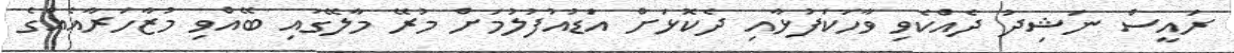
ރައީސް ނަޝިދު ދެއްކެވި ވާހަކަފުޅާއި ދެކޮޅަށް އަޑުއުފުލުމަށް މުރޭ މާލޭގައި ބޭއްވި މުޒާހަރާއެއްގެ